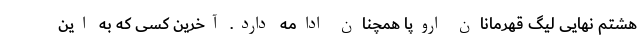
هشتم نهایی لیگ قهرمانان اروپا همچنان ادامه دارد. آخرین کسی که به این